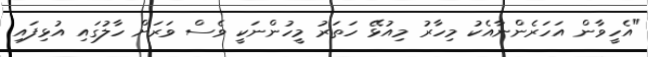
"އެހީވާން އަހަރެންނާއެކު މިހާރު މިއުޅޭ ހަތަރު މީހުންނަކީ ވެސް ވަރަށް ހާލުގައި އުޅިފައި